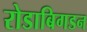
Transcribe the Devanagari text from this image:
रोडाबिगडन